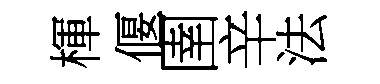
楎偃圉辛法